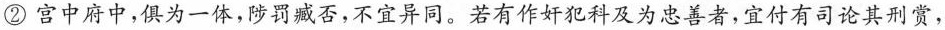
②宫中府中，俱为一体，陟罚臧否，不宜异同。若有作奸犯科及为忠善者，宜付有司论其刑赏，